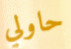
حاولي